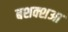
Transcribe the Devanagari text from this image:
बशक्शआ